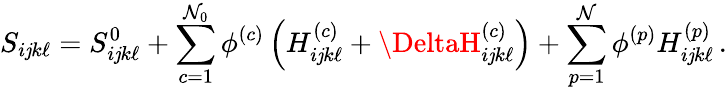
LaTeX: S_{i\mathit{j}k\ell}=S_{i\mathit{j}k\ell}^{0}+\sum_{c=1}^{\mathcal{N}_{0}}\phi^{(c)}\left(H_{i\mathit{j}k\ell}^{(c)}+\DeltaH_{i\mathit{j}k\ell}^{(c)}\right)+\sum_{p=1}^{\mathcal{N}}\phi^{(p)}H_{i\mathit{j}k\ell}^{(p)}\, .